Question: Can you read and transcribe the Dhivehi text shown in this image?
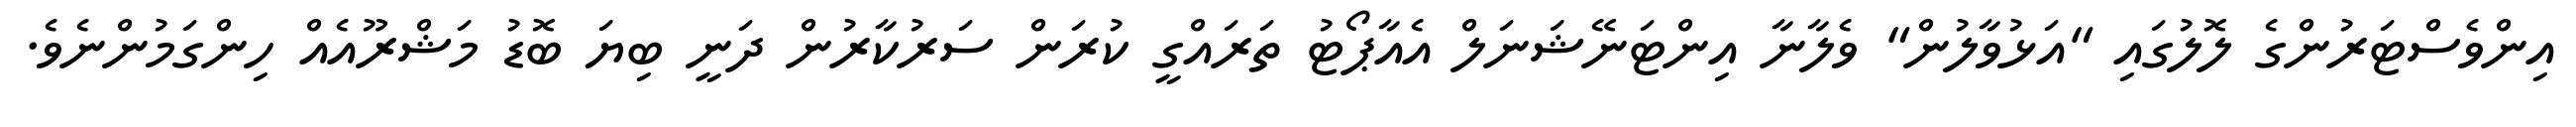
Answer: އިންވެސްޓަރުންގެ ލޮލުގައި "އަޅުވާލުން" ވެލާނާ އިންޓަނޭޝަނަލް އެއާޕޯޓު ތަރައްގީ ކުރަން ސަރުކާރުން ދަނީ ބިޔަ ބޮޑު މަޝްރޫއެއް ހިންގަމުންނެވެ.